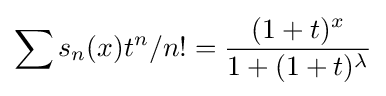
\displaystyle \sum s_{n}(x)t^{n}/n!={\frac {(1+t)^{x}}{1+(1+t)^{\lambda }}}